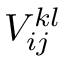
V _ { i j } ^ { k l }